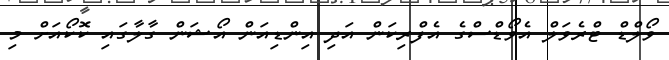
ވޯލްޑް ޓްރެވަލް އެވޯޑްސްގެ އެފްރިކަން އަދި އިންޑިއަން އޯޝަން ގާލާގައި ކޮކޯއަށް މި